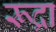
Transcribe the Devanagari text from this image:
रूद्रा